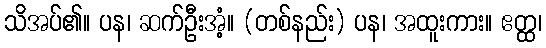
သိအပ်၏။ ပန၊ ဆက်ဦးအံ့။ (တစ်နည်း) ပန၊ အထူးကား။ ဧတ္ထ၊